Report on vaccination in the Province of Bengal - 1869-1873
Year: 1869
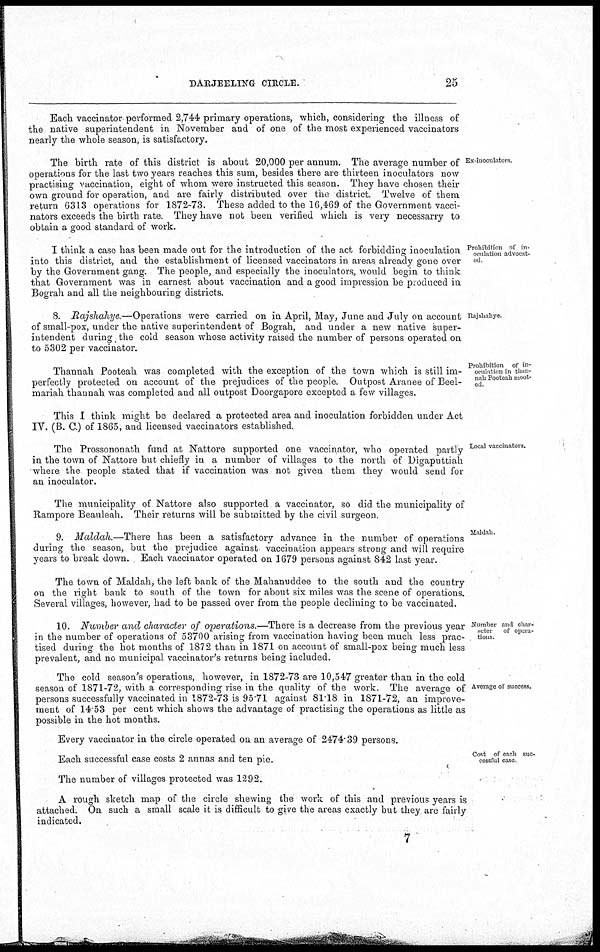
DARJEELING CIRCLE.
25
Each vaccinator performed 2,744 primary operations, which, considering the illness of
the native superintendent in November and of one of the most experienced vaccinators
nearly the whole season, is satisfactory.
Ex-inoculators.
The birth rate of this district is about 20,000 per annum. The average number of
operations for the last two years reaches this sum, besides there are thirteen inoculators now
practising vaccination, eight of whom were instructed this season. They have chosen their
own ground for operation, and are fairly distributed over the district. Twelve of them
return 6313 operations for 1872-73. These added to the 16,469 of the Government vacci-
nators exceeds the birth rate. They have not been verified which is very necessarry to
obtain a good standard of work.
Prohibition of in-
oculation advocat-
ed.
I think a case has been made out for the introduction of the act forbidding inoculation
into this district, and the establishment of licensed vaccinators in areas already gone over
by the Government gang. The people, and especially the inoculators, would begin to think
that Government was in earnest about vaccination and a good impression be produced in
Bograh and all the neighbouring districts.
Rajshahye
8. Rajshahye.—Operations
were carried on in April, May, June and July on account
of small-pox, under the native superintendent of Bograh, and under a new native super-
intendent during the cold season whose activity raised the number of persons operated on
to 5302 per vaccinator.
Prohibition of in-
oculation in than-
nah Pooteah moot-
ed
Thannah Pooteah was completed with the exception of the town which is still im-
perfectly protected on account of the prejudices of the people. Outpost Aranee of Beel-
mariah thannah was completed and all outpost Doorgapore excepted a few villages.
This I think might be declared a protected area and inoculation forbidden under Act
IV. (B. C.) of 1865, and licensed vaccinators established.
Local vaccinators.
The Prossononath fund at Nattore supported one vaccinator, who operated partly
in the town of Nattore but chiefly in a number of villages to the north of Digaputtrah
where the people stated that if vaccination was not given them they would send for
an inoculator.
The municipality of Nattore also supported a vaccinator, so did the municipality of
Rampore Beauleah. Their returns will be submitted by the civil surgeon.
Maldah.
9. Maldah.—There has been a satisfactory advance in the number of operations
during the season, but the prejudice against vaccination appears strong and will require
years to break down. Each vaccinator operated on 1679 persons against 842 last year.
The town of Maldah, the left bank of the Mahanuddee to the south and the country
on the right bank to south of the town for about six miles was the scene of operations.
Several villages, however, had to be passed over from the people declining to be vaccinated.
Number and char-
acter
of opera-
tions
10. Number and character of operations.—There is a decrease from the previous year
in the number of operations of 53700 arising from vaccination having been much less prac-
tised during the hot months of 1872 than in 1871 on account of small-pox being much less
prevalent, and no municipal vaccinator's returns being included.
Average of success.
The cold season's operations, however, in 1872-73 are 10,547 greater than in the cold
season of 1871-72, with a corresponding rise in the quality of the work. The average of
persons successfully vaccinated in 1872-73 is 95.71 against 81.18 in 1871-72, an improve-
ment of 14.53 per cent which shows the advantage of practising the operations as little as
possible in the hot months.
Every vaccinator in the circle operated on an average of 2474.39 persons.
Cost of each suc-
cessful case.
Each successful case costs 2 annas and ten pie.
The number of villages protected was 1292.
A rough sketch map of the circle shewing the work of this and previous years is
attached. On such a small scale it is difficult to give the areas exactly but they are fairly
indicated.
7